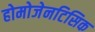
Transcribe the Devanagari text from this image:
होमोजेनटिसिक